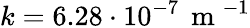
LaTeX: k=6.28\cdot 10^{-7}\, \mathrm{~m~}^{-1}